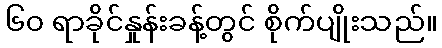
၆၀ ရာခိုင်နှုန်းခန့်တွင် စိုက်ပျိုးသည်။